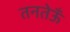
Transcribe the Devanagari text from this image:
तनतेऊँ